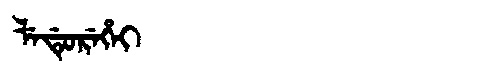
Manchu: ᠯᡝᡩᡠᡵᡝᡥᡝᡳ
Romanization: LEDUREHEI